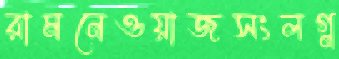
রামনেওয়াজসংলগ্ন